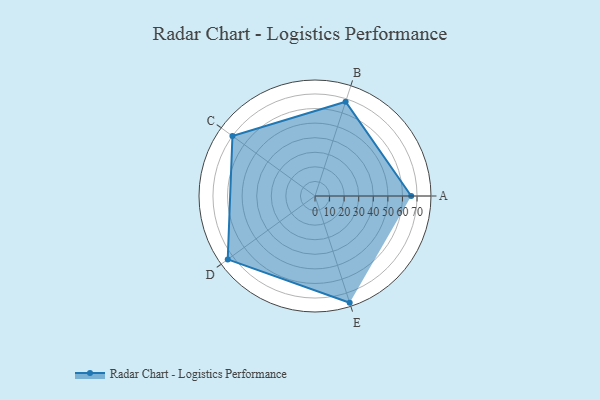
{"axis": {"x": "Skill", "y": "Score"}, "legend": ["Profile"], "data": [{"x": "A", "y": 66.0, "type": "Profile"}, {"x": "B", "y": 68.0, "type": "Profile"}, {"x": "C", "y": 70.0, "type": "Profile"}, {"x": "D", "y": 74.0, "type": "Profile"}, {"x": "E", "y": 77.0, "type": "Profile"}]}